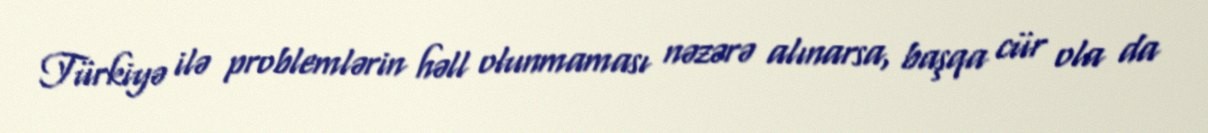
Türkiyə ilə problemlərin həll olunmaması nəzərə alınarsa, başqa cür ola da